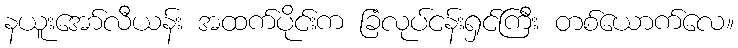
နယူးအော်လီယန်း အထက်ပိုင်းက ခြံလုပ်ငန်းရှင်ကြီး တစ်ယောက်လေ။